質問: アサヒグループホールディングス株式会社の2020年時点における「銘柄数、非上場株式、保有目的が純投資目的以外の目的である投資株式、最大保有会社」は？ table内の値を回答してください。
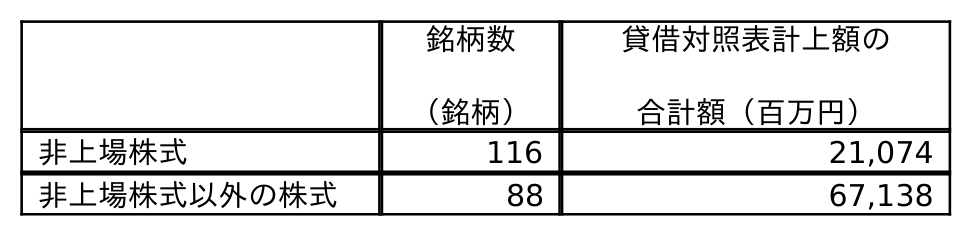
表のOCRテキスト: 銘柄数 （銘柄） 貸借対照表計上額の 合計額（百万円） 非上場株式 116 21,074 非上場株式以外の株式 88 67,138
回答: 116